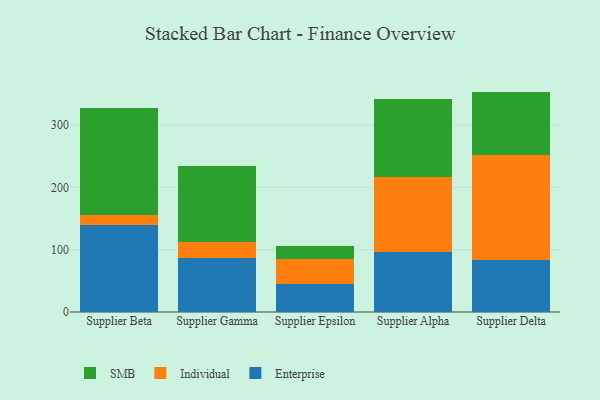
{"axis": {"x": "Supplier", "y": "Backlog"}, "legend": ["Enterprise", "Individual", "SMB"], "data": [{"x": "Supplier Beta", "y": 140.3, "type": "Enterprise"}, {"x": "Supplier Beta", "y": 14.7, "type": "Individual"}, {"x": "Supplier Beta", "y": 171.7, "type": "SMB"}, {"x": "Supplier Gamma", "y": 86.1, "type": "Enterprise"}, {"x": "Supplier Gamma", "y": 25.9, "type": "Individual"}, {"x": "Supplier Gamma", "y": 121.6, "type": "SMB"}, {"x": "Supplier Epsilon", "y": 45.7, "type": "Enterprise"}, {"x": "Supplier Epsilon", "y": 38.9, "type": "Individual"}, {"x": "Supplier Epsilon", "y": 21.2, "type": "SMB"}, {"x": "Supplier Alpha", "y": 96.0, "type": "Enterprise"}, {"x": "Supplier Alpha", "y": 119.9, "type": "Individual"}, {"x": "Supplier Alpha", "y": 126.4, "type": "SMB"}, {"x": "Supplier Delta", "y": 83.9, "type": "Enterprise"}, {"x": "Supplier Delta", "y": 167.3, "type": "Individual"}, {"x": "Supplier Delta", "y": 102.5, "type": "SMB"}]}